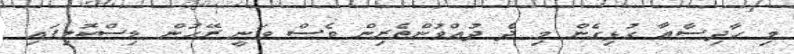
މި ހާދިސާއާ ގުޅިގެން މި ދެ ދުއްވުންތެރިން ވެސް ވަނީ ރޭހުން ޑިސްކޮލިފައި